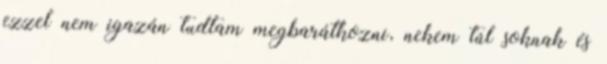
ezzel nem igazán tudtam megbarátkozni, nekem túl soknak és